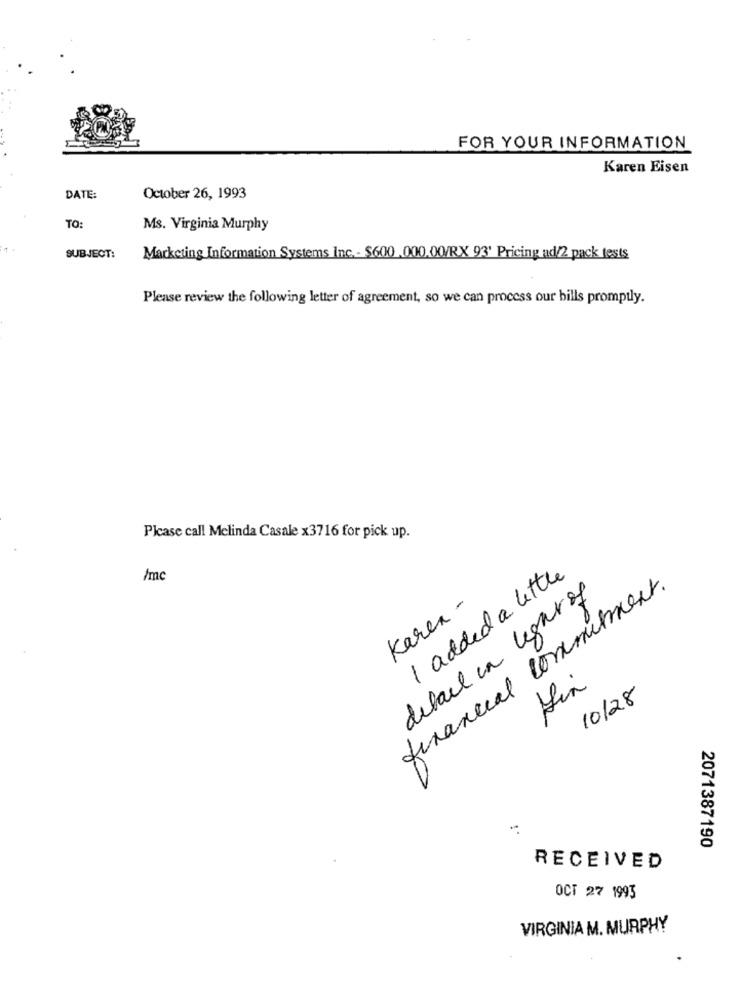
FOR YOUR INFORMATION
Karen Eisen
DATE:
October 26, 1993
TO:
Ms. Virginia Murphy
SUBJECT:
Marketing Information Systems Inc. - $600 .000.00/RX 93' Pricing ad/2 pack tests
Please review the following letter of agreement, so we can process our bills promptly.
Please call Melinda Casale x3716 for pick up.
I added a little
/mc
financial commitment.
Karen -
detail in light of
10/28
2071387190
RECEIVED
OCT 27 1993
VIRGINIA M. MURPHY